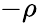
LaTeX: -\rho